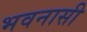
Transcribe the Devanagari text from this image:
भवनासी